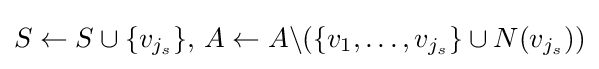
S\leftarrow S\cup \{v_{j_{s}}\},\,A\leftarrow A\backslash (\{v_{1},\ldots ,v_{j_{s}}\}\cup N(v_{j_{s}}))